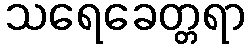
သရေခေတ္တရာ